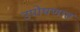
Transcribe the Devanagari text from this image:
उपोषणात